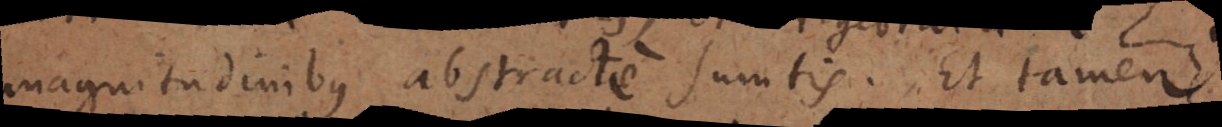
magnitudinibus abstracte sumtis. Et tamen